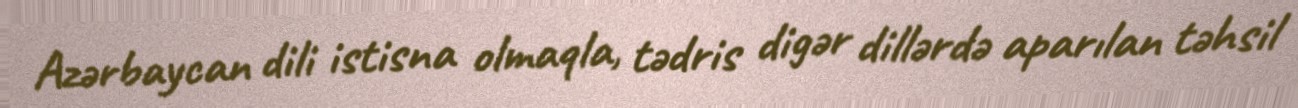
Azərbaycan dili istisna olmaqla, tədris digər dillərdə aparılan təhsil